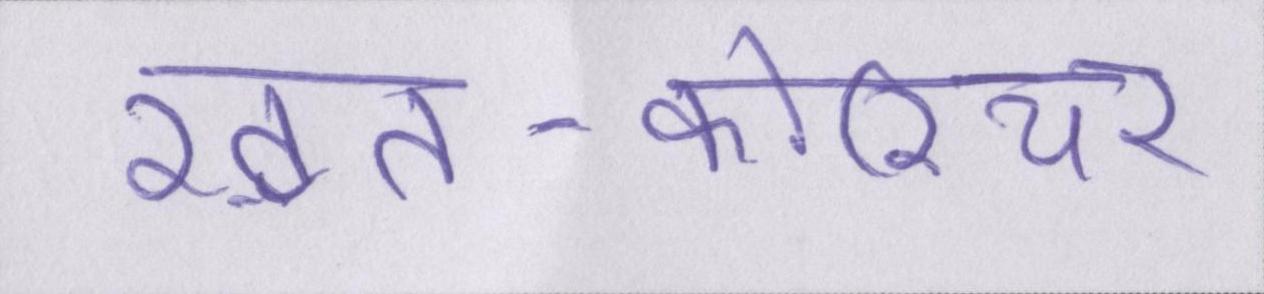
ख़त-कोरियर